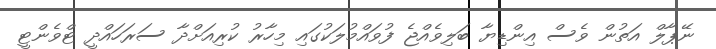
ނޭޕާލް އަތުން ވެސް އިންޑިޔާ ބަލިވެއްޖެ ފުވައްމުލަކުގައި މިހާރު ކުރިއަށްދާ ސަރަހައްދީ ޓްވެންޓީ